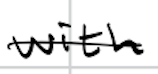
Text: with
Cross-out: single-line
Writing tool: digital_black